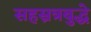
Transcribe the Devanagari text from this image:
सहस्रत्रबुद्धे